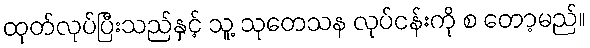
ထုတ်လုပ်ပြီးသည်နှင့် သူ့ သုတေသန လုပ်ငန်းကို စ တော့မည်။